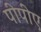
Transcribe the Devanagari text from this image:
पीपीए